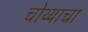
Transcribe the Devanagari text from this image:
चोथ्याचा